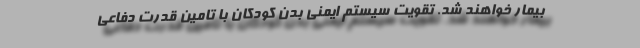
بیمار خواهند شد. تقویت سیستم ایمنی بدن کودکان با تامین قدرت دفاعی